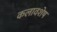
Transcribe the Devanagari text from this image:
कलावशेष